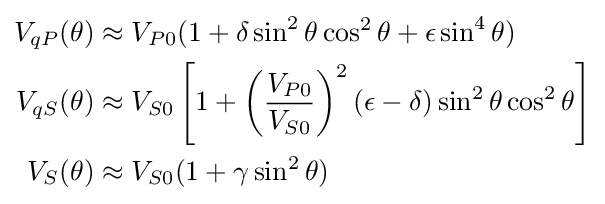
{\begin{aligned}V_{qP}(\theta )&\approx V_{P0}(1+\delta \sin ^{2}\theta \cos ^{2}\theta +\epsilon \sin ^{4}\theta )\\V_{qS}(\theta )&\approx V_{S0}\left[1+\left({\frac {V_{P0}}{V_{S0}}}\right)^{2}(\epsilon -\delta )\sin ^{2}\theta \cos ^{2}\theta \right]\\V_{S}(\theta )&\approx V_{S0}(1+\gamma \sin ^{2}\theta )\end{aligned}}